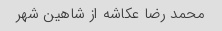
محمد رضا عکاشه از شاهین شهر